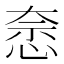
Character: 𭝍